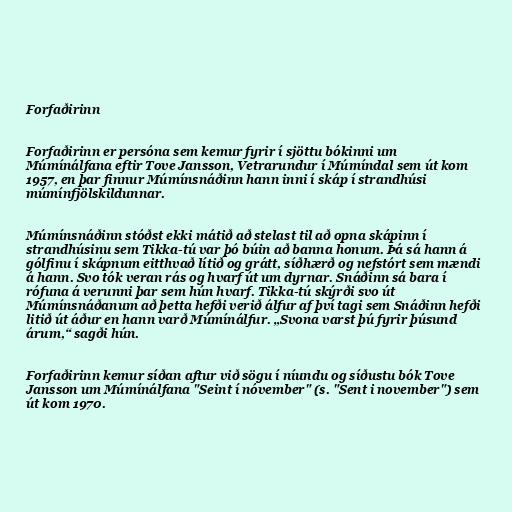
Forfaðirinn

Forfaðirinn er persóna sem kemur fyrir í sjöttu bókinni um
Múmínálfana eftir Tove Jansson, Vetrarundur í Múmíndal sem út kom
1957, en þar finnur Múmínsnáðinn hann inni í skáp í strandhúsi
múmínfjölskildunnar.

Múmínsnáðinn stóðst ekki mátið að stelast til að opna skápinn í
strandhúsinu sem Tikka-tú var þó búin að banna honum. Þá sá hann á
gólfinu í skápnum eitthvað lítið og grátt, síðhærð og nefstórt sem mændi
á hann. Svo tók veran rás og hvarf út um dyrnar. Snáðinn sá bara í
rófuna á verunni þar sem hún hvarf. Tikka-tú skýrði svo út
Múmínsnáðanum að þetta hefði verið álfur af því tagi sem Snáðinn hefði
litið út áður en hann varð Múmínálfur. „Svona varst þú fyrir þúsund
árum,“ sagði hún.

Forfaðirinn kemur síðan aftur við sögu í níundu og síðustu bók Tove
Jansson um Múmínálfana "Seint í nóvember" (s. "Sent i november") sem
út kom 1970.